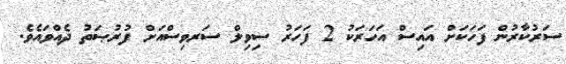
ސަރުކާރުން ފަހަކަށް އައިސް އަހަރަކު 2 ފަހަރު ސިވިލް ސަރވިސްއަށް ފުރުޞަތު ދެއްވައެވެ.